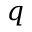
q